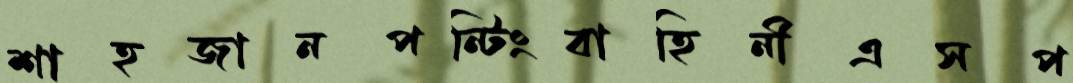
শাহজানপন্টিংবাহিনীএসপ